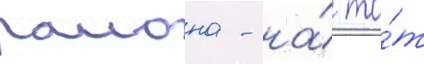
раиона - на́ то́т